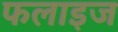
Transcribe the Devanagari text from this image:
फलाइज